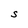
Character: S